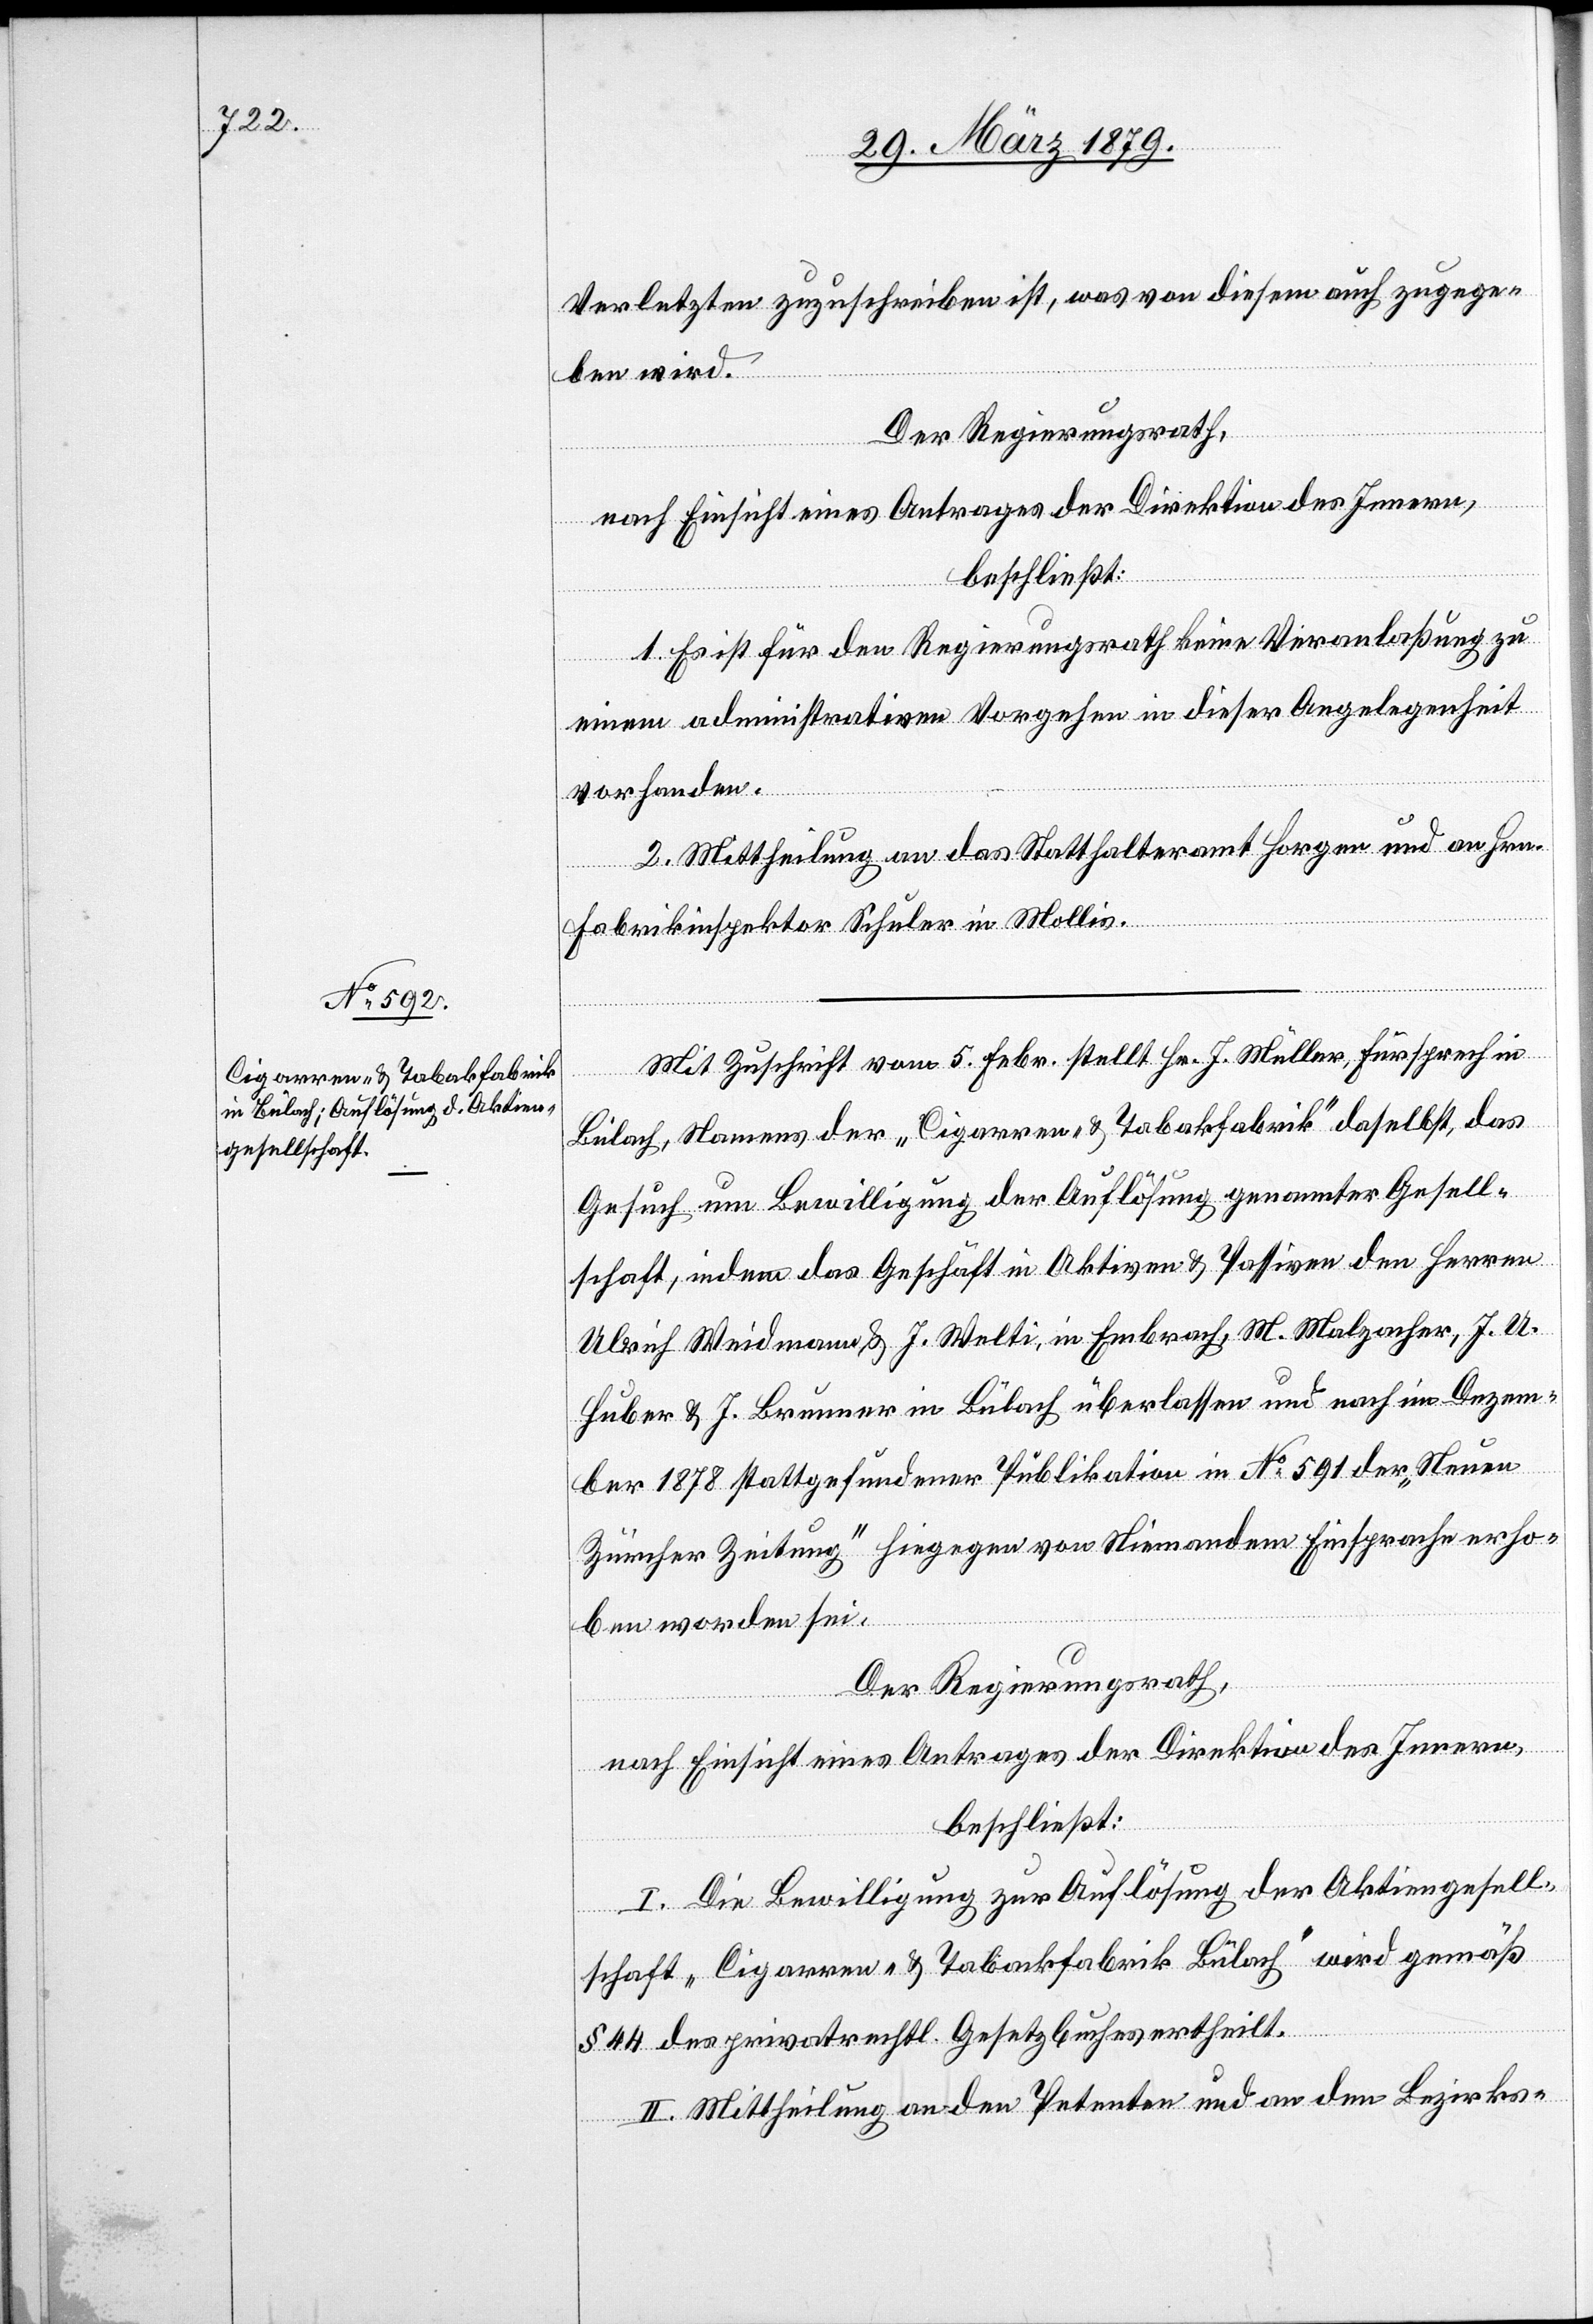
Verletzten zuzuschreiben ist, was von diesem auch zugege¬
ben wird.
Der Regierungsrath,
nach Einsicht eines Antrages der Direktion des Innern,
beschließt:
1. Es ist für den Regierungsrath keine Veranlaßung zu
einem administrativen Vorgehen in dieser Angelegenheit
vorhanden.
2. Mittheilung an das Statthalteramt Horgen und an Hrn.
Fabrikinspektor Schuler in Mollis.
Mit Zuschrift vom 5. Febr. stellt Hr. J. Müller, Fürsprech in
Bülach, Namens der „Cigarren- & Tabakfabrik“ daselbst, das
Gesuch um Bewilligung der Auflösung genannter Gesell¬
schaft, indem das Geschäft in Aktiven & Passiven den Herren
Ulrich Weidmann & J. Welti, in Embrach, M. Malzacher, J. U.
Huber & J. Brunner in Bülach überlassen und nach im Dezem¬
ber 1878 stattgefundener Publikation in No 591 der „Neuen
Zürcher Zeitung“ hiegegen von Niemandem Einsprache erho¬
ben worden sei.
Der Regierungsrath,
nach Einsicht eines Antrages der Direktion des Innern,
beschließt:
I. Die Bewilligung zur Auflösung der Aktiengesell¬
schaft „Cigarren- & Tabakfabrik Bülach“ wird gemäß
§ 44 des privatrechtl. Gesetzbuches ertheilt.
II. Mittheilung an den Petenten und an den Bezirks-